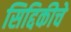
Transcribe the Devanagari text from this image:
सिद्दिकीचे